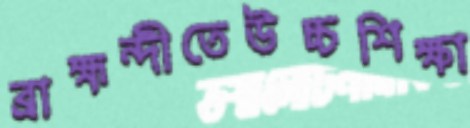
ব্রাহ্মন্দীতেউচ্চশিক্ষা